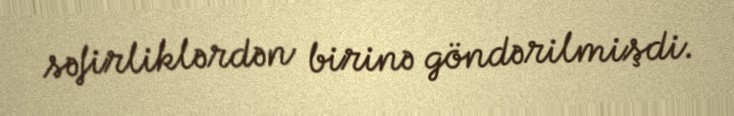
səfirliklərdən birinə göndərilmişdi.